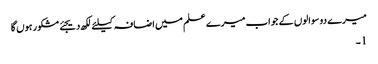
میرے دو سوالوں کے جواب میرے علم میں اضافہ کیلئے لکھ دیجئے مشکور ہوں گا
1 ۔